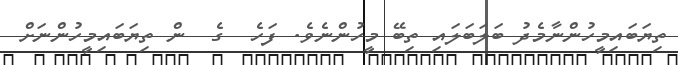
ތިޔަބައިމީހުންނާމެދު ބަލަބަލައި ތިބޭ މީހުންނެވެ. ފަހެ  ގެ  ން ތިޔަބައިމީހުންނަށް